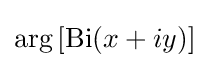
\operatorname {arg} \left[\operatorname {Bi} (x+iy)\right]